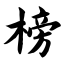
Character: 榜